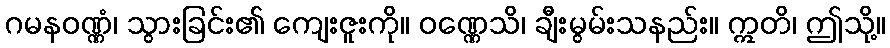
ဂမနဝဏ္ဏံ၊ သွားခြင်း၏ ကျေးဇူးကို။ ဝဏ္ဏေသိ၊ ချီးမွမ်းသနည်း။ ဣတိ၊ ဤသို့။